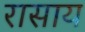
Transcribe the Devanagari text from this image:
रासाय